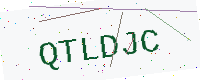
Text: QTLDJC